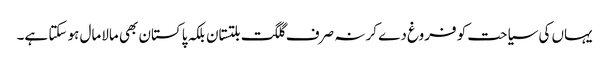
یہاں کی سیاحت کو فروغ دے کر نہ صرف گلگت بلتستان بلکہ پاکستان بھی مالامال ہو سکتا ہے۔